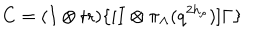
C = ( I \otimes \mathrm { t r } ) \{ [ I \otimes \pi _ { \Lambda } ( q ^ { 2 h _ { \rho } } ) ] \Gamma \}